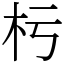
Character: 杇